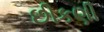
છીકણી